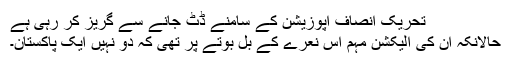
تحریک انصاف اپوزیشن کے سامنے ڈٹ جانے سے گریز کر رہی ہے
حالانکہ ان کی الیکشن مہم اس نعرے کے بل بوتے پر تھی کہ دو نہیں ایک پاکستان۔